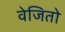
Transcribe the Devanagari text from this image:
वेजितो